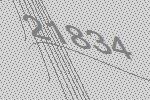
21834